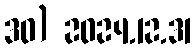
30) 2024.12.31